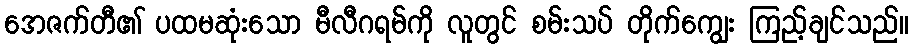
အေဇက်တီ၏ ပထမဆုံးသော မီလီဂရမ်ကို လူတွင် စမ်းသပ် တိုက်ကျွေး ကြည့်ချင်သည်။